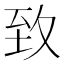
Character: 𦤶